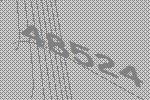
48524